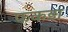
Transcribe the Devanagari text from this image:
फकड़ा